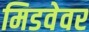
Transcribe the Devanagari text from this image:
मिडवेवर